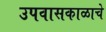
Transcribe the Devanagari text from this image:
उपवासकाळाचे